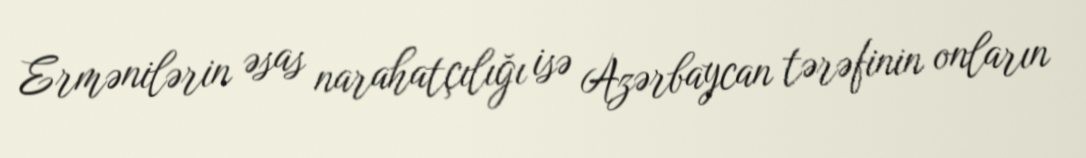
Ermənilərin əsas narahatçılığı isə Azərbaycan tərəfinin onların